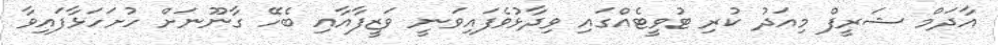
އާދަމް ޝަރީފް މިއަދު ކުރި ޓުވީޓެއްގައި ވިދާޅުވެފައިވަނީ ވަޒީފާއާއި ބެހޭ ގާނޫނަށް ހުށަހަޅާފައިވާ